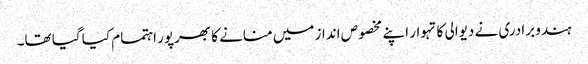
ہندو برادری نے دیوالی کا تہوار اپنے مخصوص انداز میں منانے کا بھرپور اہتمام کیا گیا تھا۔